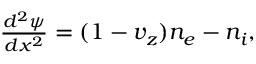
\begin{array} { r } { \frac { d ^ { 2 } \psi } { d x ^ { 2 } } = ( 1 - v _ { z } ) n _ { e } - n _ { i } , } \end{array}